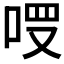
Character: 𠳦